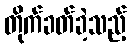
တိုက်ခတ်ခဲ့သည့်